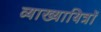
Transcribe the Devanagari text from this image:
व्याख्यायित्रों